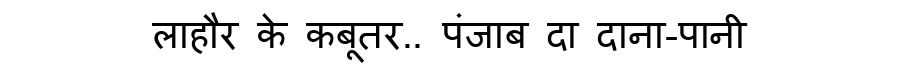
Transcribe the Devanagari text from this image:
लाहौर के कबूतर.. पंजाब दा दाना-पानी